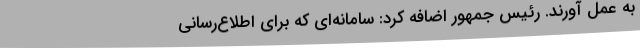
به عمل آورند. رئیس جمهور اضافه کرد: سامانه‌ای که برای اطلاع‌رسانی